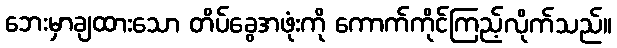
ဘေးမှာချထားသော တိပ်ခွေအဖုံးကို ကောက်ကိုင်ကြည့်လိုက်သည်။